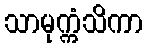
သာမုက္ကံသိကာ